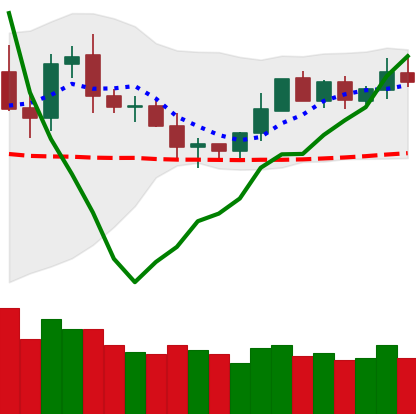
Ticker: DOGE-USD
Chart end date: 2020-02-03
Forward return: 29.467%
Label: up_7plus